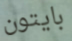
بايتون